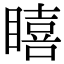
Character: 瞦